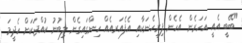
"ބޭބީ އެއީ އަހަރެން އެހެން ފިރިހެނަކާއި އެފެއަރއެއް ހިންގައިގެން ލިބުނު ކުއްޖަކަށް ހެދީމަ